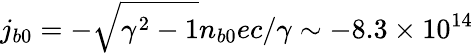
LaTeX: j_{b0}=-\sqrt{\gamma^{2}-1}n_{b0}ec/\gamma\sim-8.3\times 10^{14}